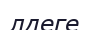
лдеге